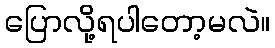
ပြောလို့ရပါတော့မလဲ။